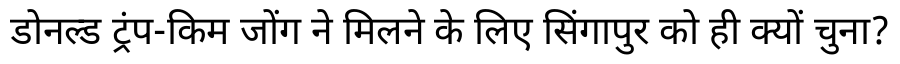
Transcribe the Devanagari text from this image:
डोनल्ड ट्रंप-किम जोंग ने मिलने के लिए सिंगापुर को ही क्यों चुना?